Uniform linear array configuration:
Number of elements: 48
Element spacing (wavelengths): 1
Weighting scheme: hamming
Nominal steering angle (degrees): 45
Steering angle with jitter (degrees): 43.395
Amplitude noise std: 0.05
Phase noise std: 0.05

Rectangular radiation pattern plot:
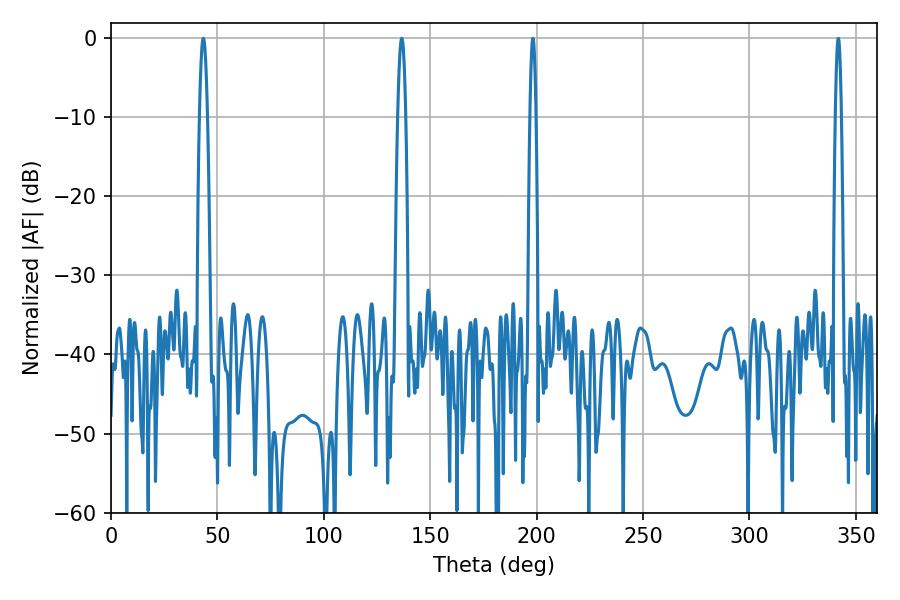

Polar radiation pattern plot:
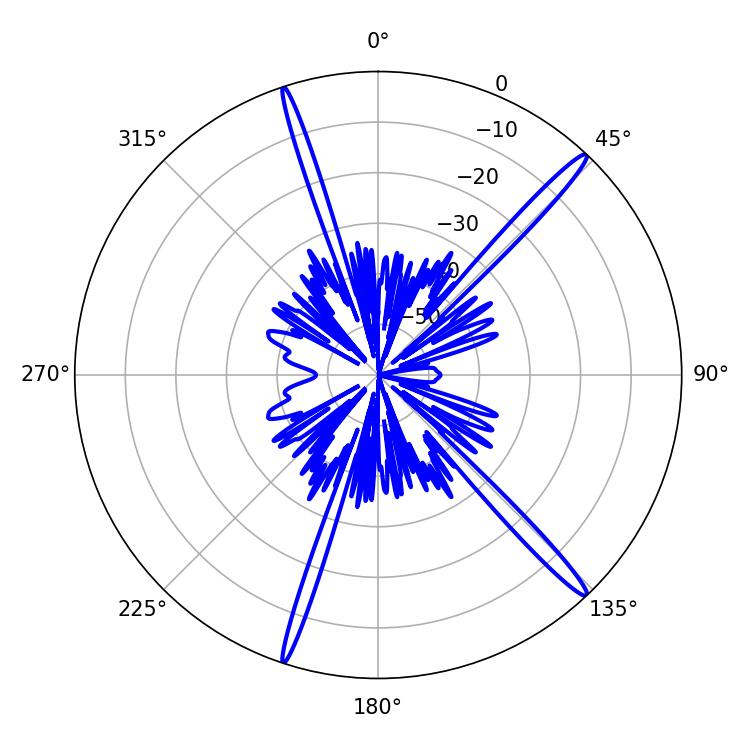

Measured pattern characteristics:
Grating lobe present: TRUE
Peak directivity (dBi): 17.493
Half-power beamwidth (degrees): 1.98
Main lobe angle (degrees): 43.38